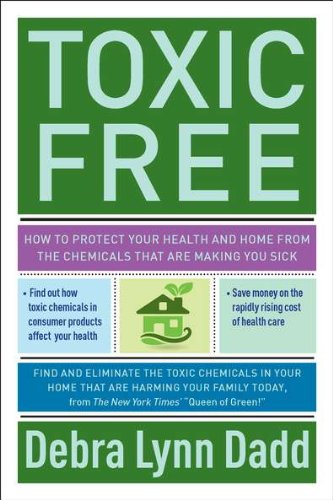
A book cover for Toxic Free: How to Protect Your Health and Home from the Chemicals ThatAre Making You Sick; Debra Lynn Dadd; Crafts, Hobbies & Home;